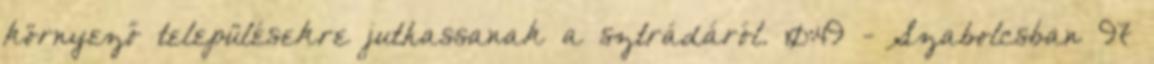
környező településekre juthassanak a sztrádáról. 10:49 - Szabolcsban 97